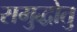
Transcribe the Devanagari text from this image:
समुद्धोतु